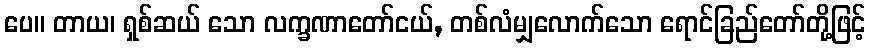
ပေ။ တာယ၊ ရှစ်ဆယ် သော လက္ခဏာတော်ငယ်, တစ်လံမျှလောက်သော ရောင်ခြည်တော်တို့ဖြင့်